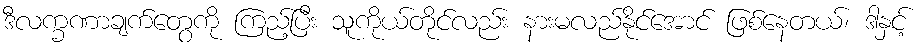
ဒီလက္ခဏာချက်တွေကို ကြည့်ပြီး သူကိုယ်တိုင်လည်း နားမလည်နိုင်အောင် ဖြစ်နေတယ်၊ ဒါနှင့်